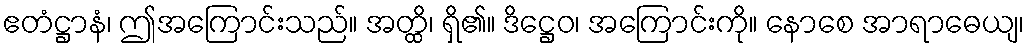
ဧတံဋ္ဌာနံ၊ ဤအကြောင်းသည်။ အတ္ထိ၊ ရှိ၏။ ဒိဋ္ဌေဝ၊ အကြောင်းကို။ နောစေ အာရာဓေယျ၊